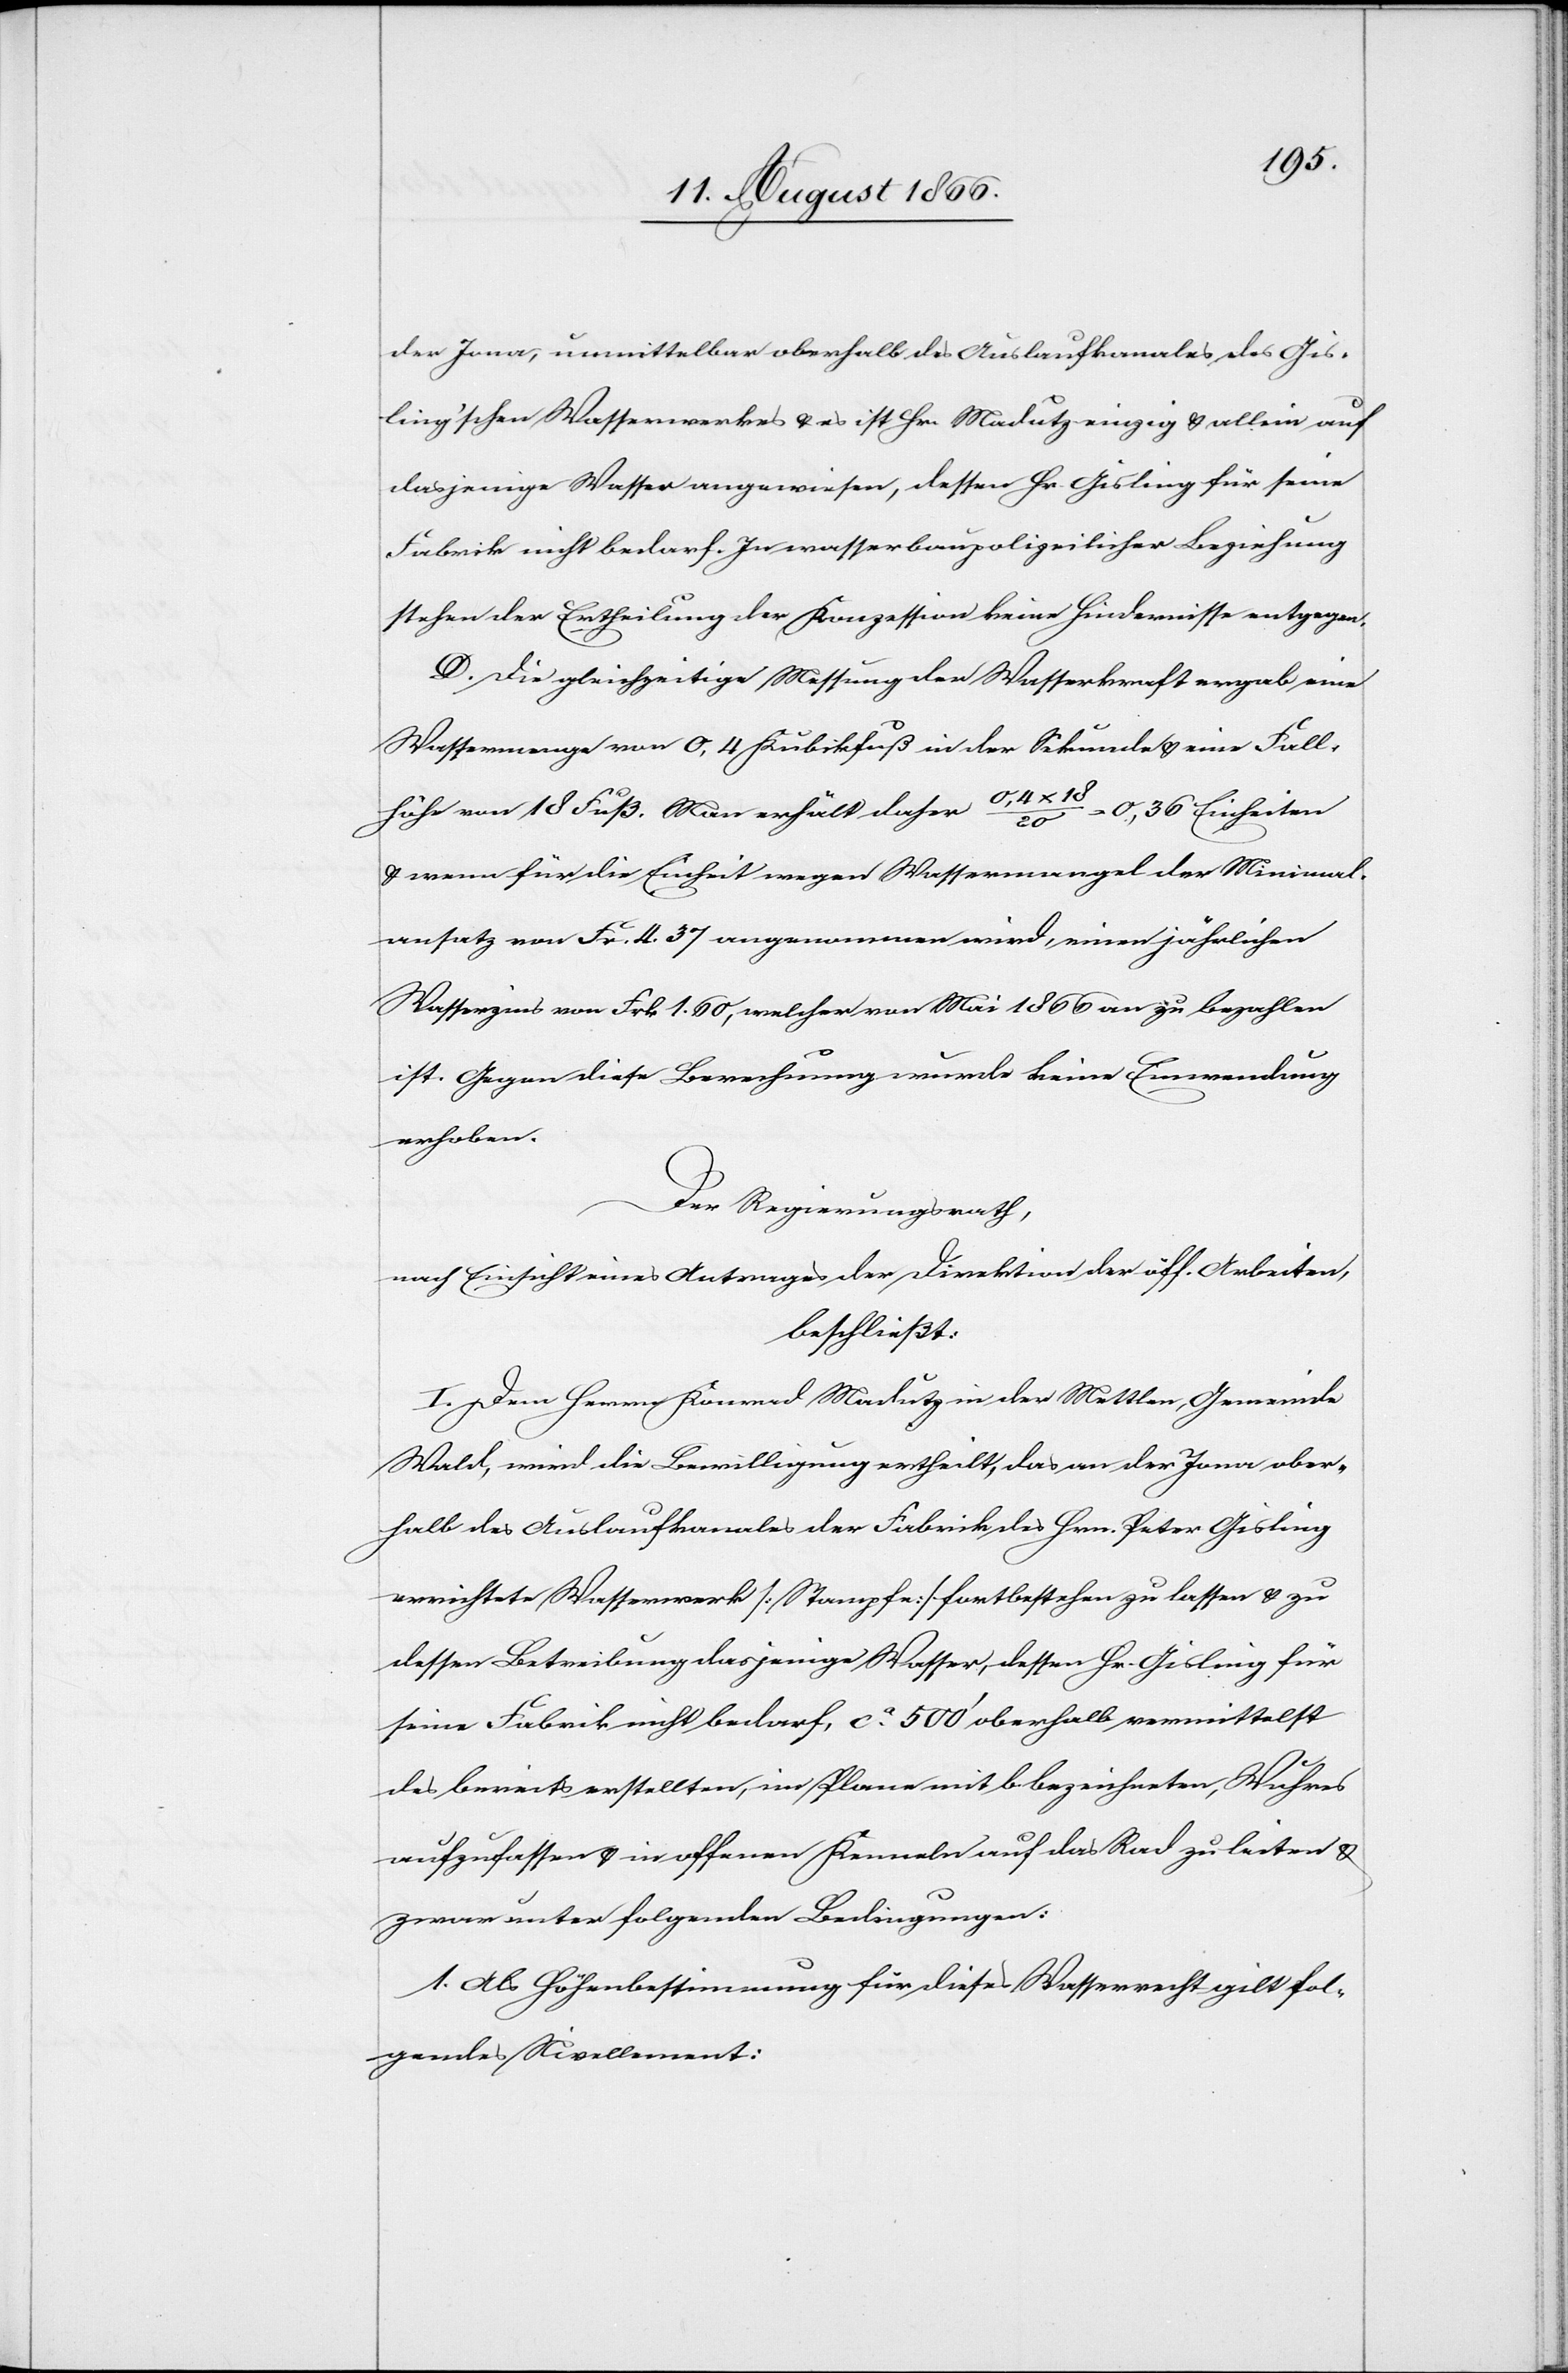
der Jona, unmittelbar oberhalb des Auslaufkanales des Gis¬
ling’schen Wasserwerkes u. es ist Hr. Madutz einzig u. allein auf
dasjenige Wasser angewiesen, dessen Hr. Gisling für seine
Fabrik nicht bedarf. In wasserbaupolizeilicher Beziehung
stehen der Ertheilung der Konzession keine Hindernisse entgegen.
D. Die gleichzeitige Messung der Wasserkraft ergab eine
Wassermenge von 0,4 Kubikfuß in der Sekunde u. eine Fall¬
höhe von 18 Fuß. Man erhält daher 0,4 x 18 / 20 = 0,36 Einheiten
u. wenn für die Einheit wegen Wassermangel der Minimal¬
ansatz von Frk. 4.37 angenommen wird, einen jährlichen
Frk.
ist. Gegen diese Berechnung wurde keine Einwendung
erhoben.
Der Regierungsrath,
nach Einsicht eines Antrages der Direktion der öff. Arbeiten,
beschließt:
I. Dem Herrn Konrad Madutz in der Mettlen, Gemeinde
Wald, wird die Bewilligung ertheilt, das an der Jona ober¬
halb des Auslaufkanales der Fabrik des Hrn. Peter Gisling
errichtete Wasserwerk [Stampfe] fortbestehen zu lassen u. zu
dessen Betreibung dasjenige Wasser, dessen Hr. Gisling für
seine Fabrik nicht bedarf, ca. 500‘ oberhalb vermittelst
des bereits erstellten, im Plane mit b bezeichneten, Wuhres
aufzufassen u. in offenen Kenneln auf das Rad zu leiten u.
zwar unter folgenden Bedingungen:
1. Als Höhenbestimmung für dieses Wasserrecht gilt fol¬
gendes Nivellement: